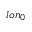
l o n _ { 0 }